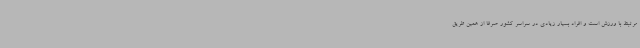
مرتبط با ورزش است و افراد بسیار زیادی در سراسر کشور صرفا از همین طریق